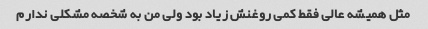
مثل همیشه عالی فقط کمی روغنش زیاد بود ولی من به شخصه مشکلی ندارم